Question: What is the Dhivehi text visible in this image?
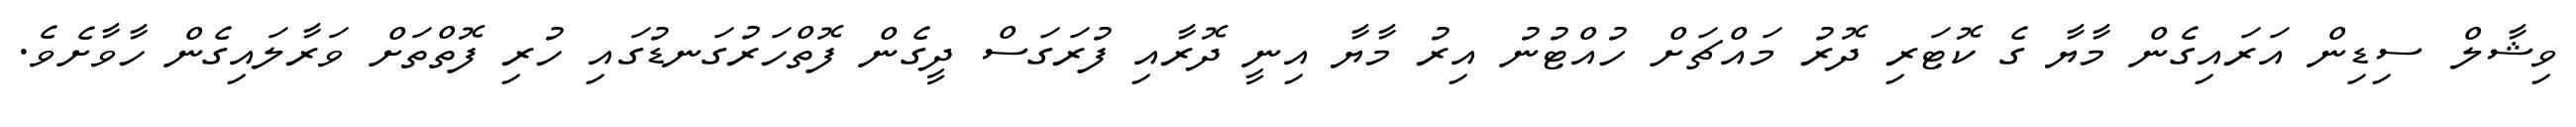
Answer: ވިޝާލް ސިޑިން އަރައިގެން މާޔާ ގެ ކޮޓަރި ދޮރު މައްޗަށް ހުއްޓުނު އިރު މާޔާ އިނީ ދޮރާއި ފުރަގަސް ދީގެން ފޮތްހަރުގަނޑުގައި ހުރި ފޮތްތަށް ވަރާލައިގެން ހާވާށެވެ.